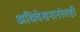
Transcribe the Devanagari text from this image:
अधिवेशनानंतरही